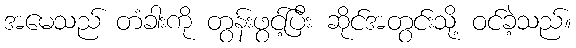
အမေသည် တံခါးကို တွန်းဖွင့်ပြီး ဆိုင်အတွင်းသို့ ဝင်ခဲ့သည်။